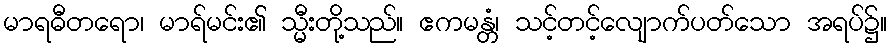
မာရဓီတရော၊ မာရ်မင်း၏ သ္မီးတို့သည်။ ဧကမန္တံ၊ သင့်တင့်လျောက်ပတ်သော အရပ်၌။